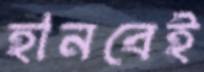
হানবেই